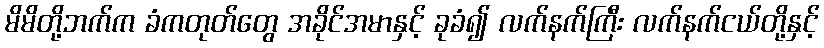
မိမိတို့ဘက်က ခံကတုတ်တွေ အခိုင်အမာနှင့် ခုခံ၍ လက်နက်ကြီး လက်နက်ငယ်တို့နှင့်